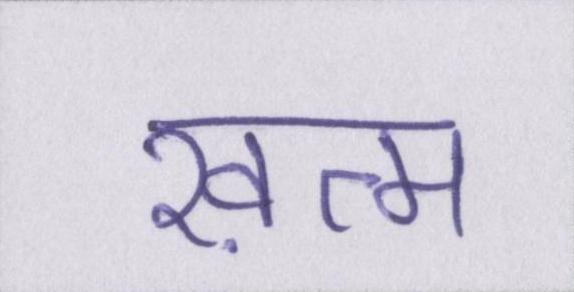
ख़त्म